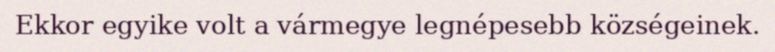
Ekkor egyike volt a vármegye legnépesebb községeinek.